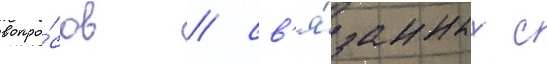
вопро́сов / св'я́занных с